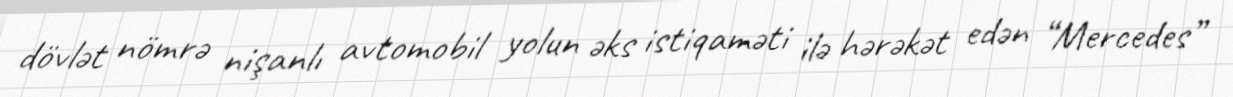
dövlət nömrə nişanlı avtomobil yolun əks istiqaməti ilə hərəkət edən “Mercedes”